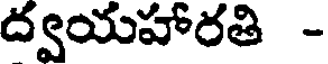
ద్వయహారతి -